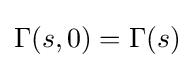
\Gamma (s,0)=\Gamma (s)